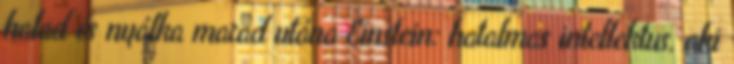
halad és nyálka marad utána Einstein: hatalmas intellektus, aki